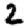
Digit: 2